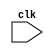
module APB_bus_controller (
    input wire clk,
    // Add input and output ports as needed
);

// Add code for generating clock signals
// Add code for controlling data transfer between bus and components
// Add code for managing timing of read and write operations
// Add code for arbitration and prioritization of bus requests

endmodule